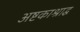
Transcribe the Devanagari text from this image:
अष्टकाश्राद्ध